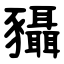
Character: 䝕